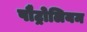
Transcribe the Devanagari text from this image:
पौट्रोलियम